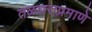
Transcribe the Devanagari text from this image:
तळघराप्रमाणे